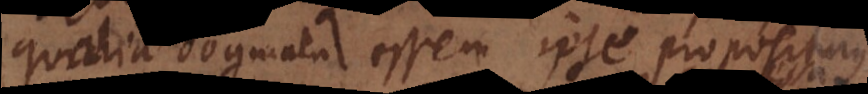
qualia dogmata essem ipse propositurus